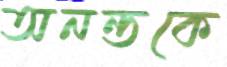
অনন্তকে